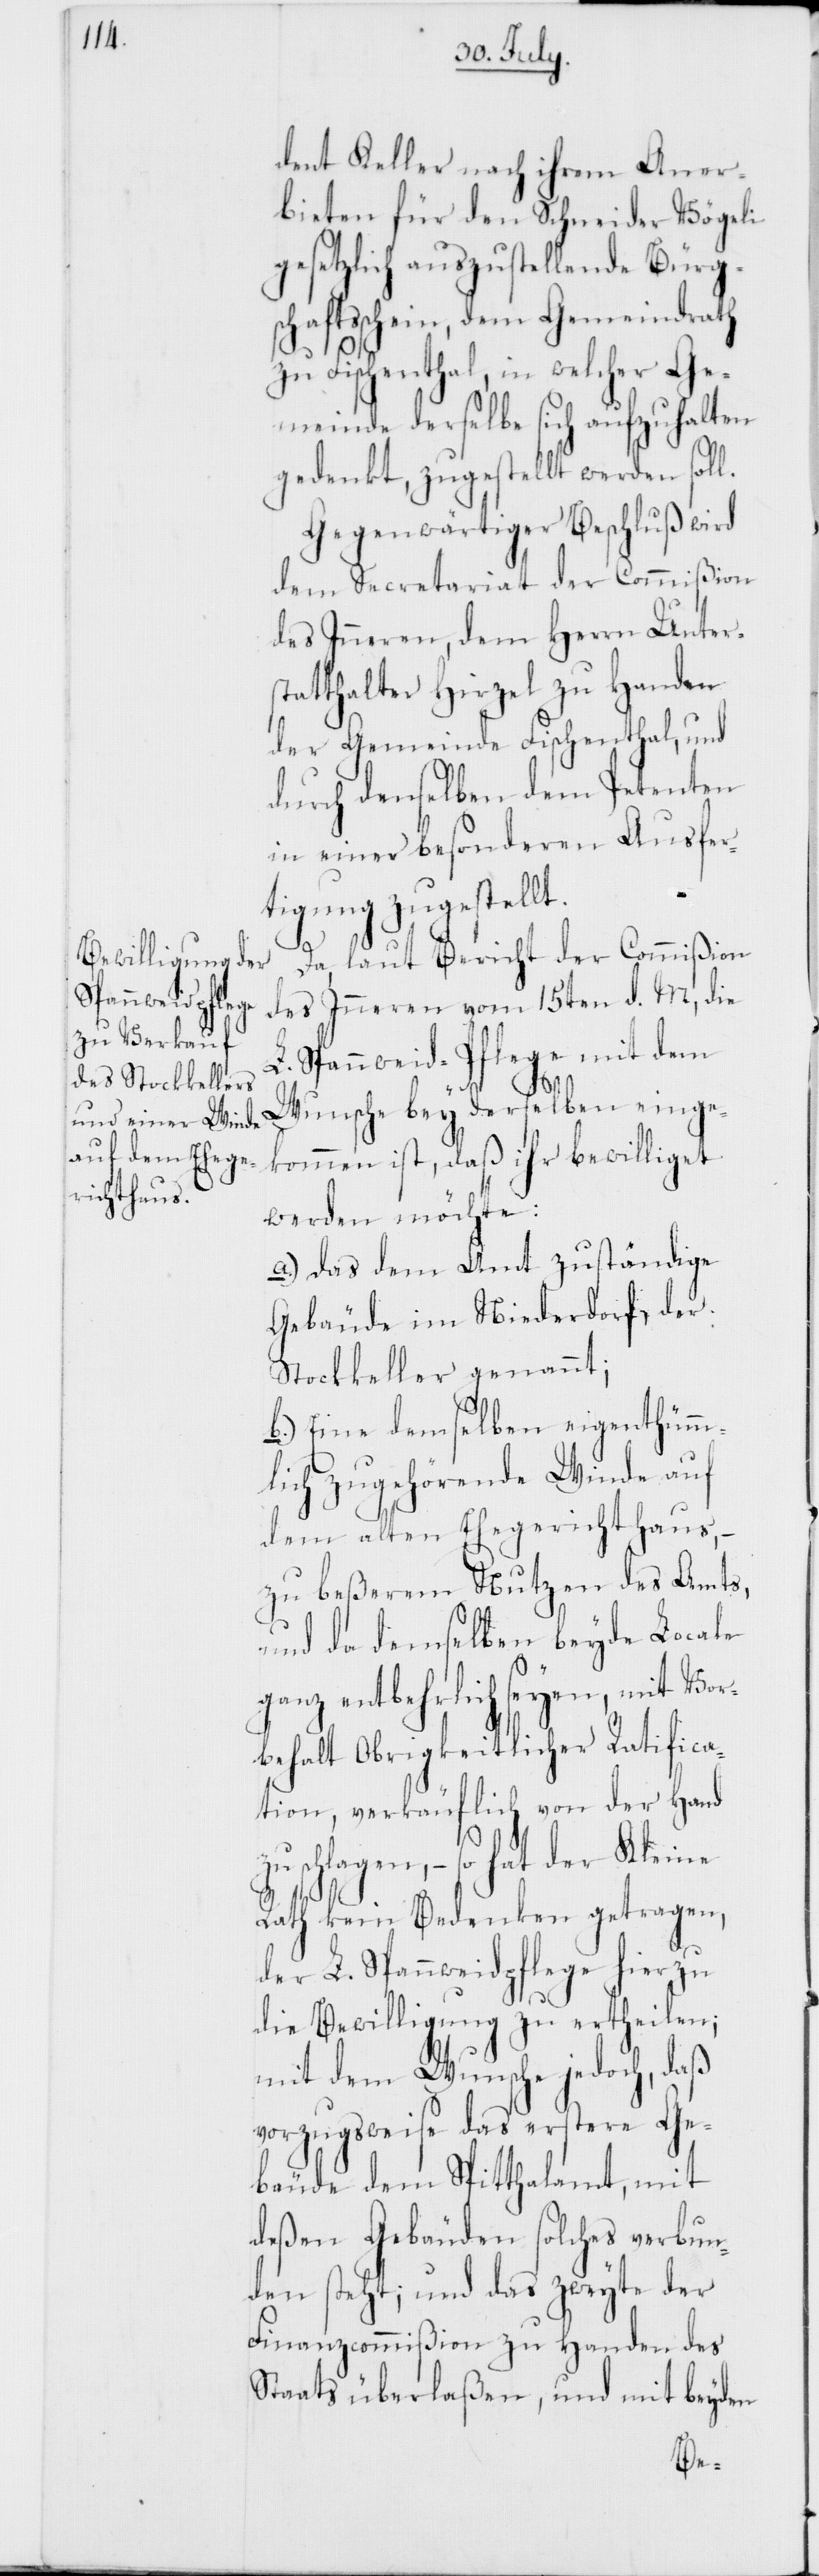
dent Keller nach ihrem Aner¬
bieten für den Schneider Vögeli
gesetzlich auszustellende Bürg¬
schaftsschein, dem Gemeindrath
zu Fischenthal, in welcher Ge¬
meinde derselbe sich aufzuhalten
gedenkt, zugestellt werden sol¬
Gegenwärtiger Beschluß wird
dem Secretariat der Commißion
des Inneren, dem Herrn Unters¬
tatthalter Hirzel zu Handen
der Gemeinde Fischenthal, und
durch denselben dem Petenten
in einer besonderen Ausfer¬
tigung zugestellt.
Da laut Bericht der Commißion
des Inneren vom 15ten d. M., die
L. Spanweid-Pflege mit dem
l.
Wunsche bey derselben einge¬
kommen ist, daß ihr bewilliget
werden möchte:
a.) Das dem Amt zuständige
Gebäude im Niederdorf, der
Stockkeller genannt;
b.) Eine demselben eigentümm¬
lich zugehörende Winde auf
dem alten Ehegerichtshaus,
zu beßerem Nutzen des Amts,
und da demselben beyde Locale
ganz entbehrlich seyen, mit Vor¬
behalt Obrigkeitlicher Ratifica¬
tion, verkäuflich von der Hand
zu schlagen, – so hat der Kleine
Rath kein Bedenken getragen,
der L. Spanweidpflege hierzu
die Bewilligung zu ertheilen;
mit dem Wunsche jedoch, daß
vorzugsweise das erstere Ge¬
bäude dem Spitthalamt, mit
deßen Gebäude solches verbun¬
den steht; und das zweyte der
Finanzcommißion zu Handen des
Staats überlaßen, und mit beyden